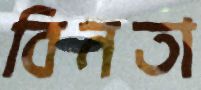
বিনতা